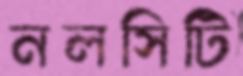
নলসিটি